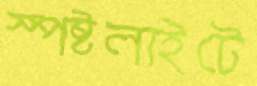
স্পষ্টলাইটে